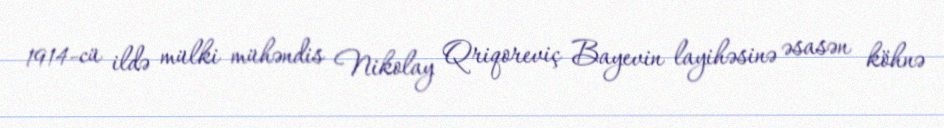
1914-cü ildə mülki mühəndis Nikolay Qriqoreviç Bayevin layihəsinə əsasən köhnə